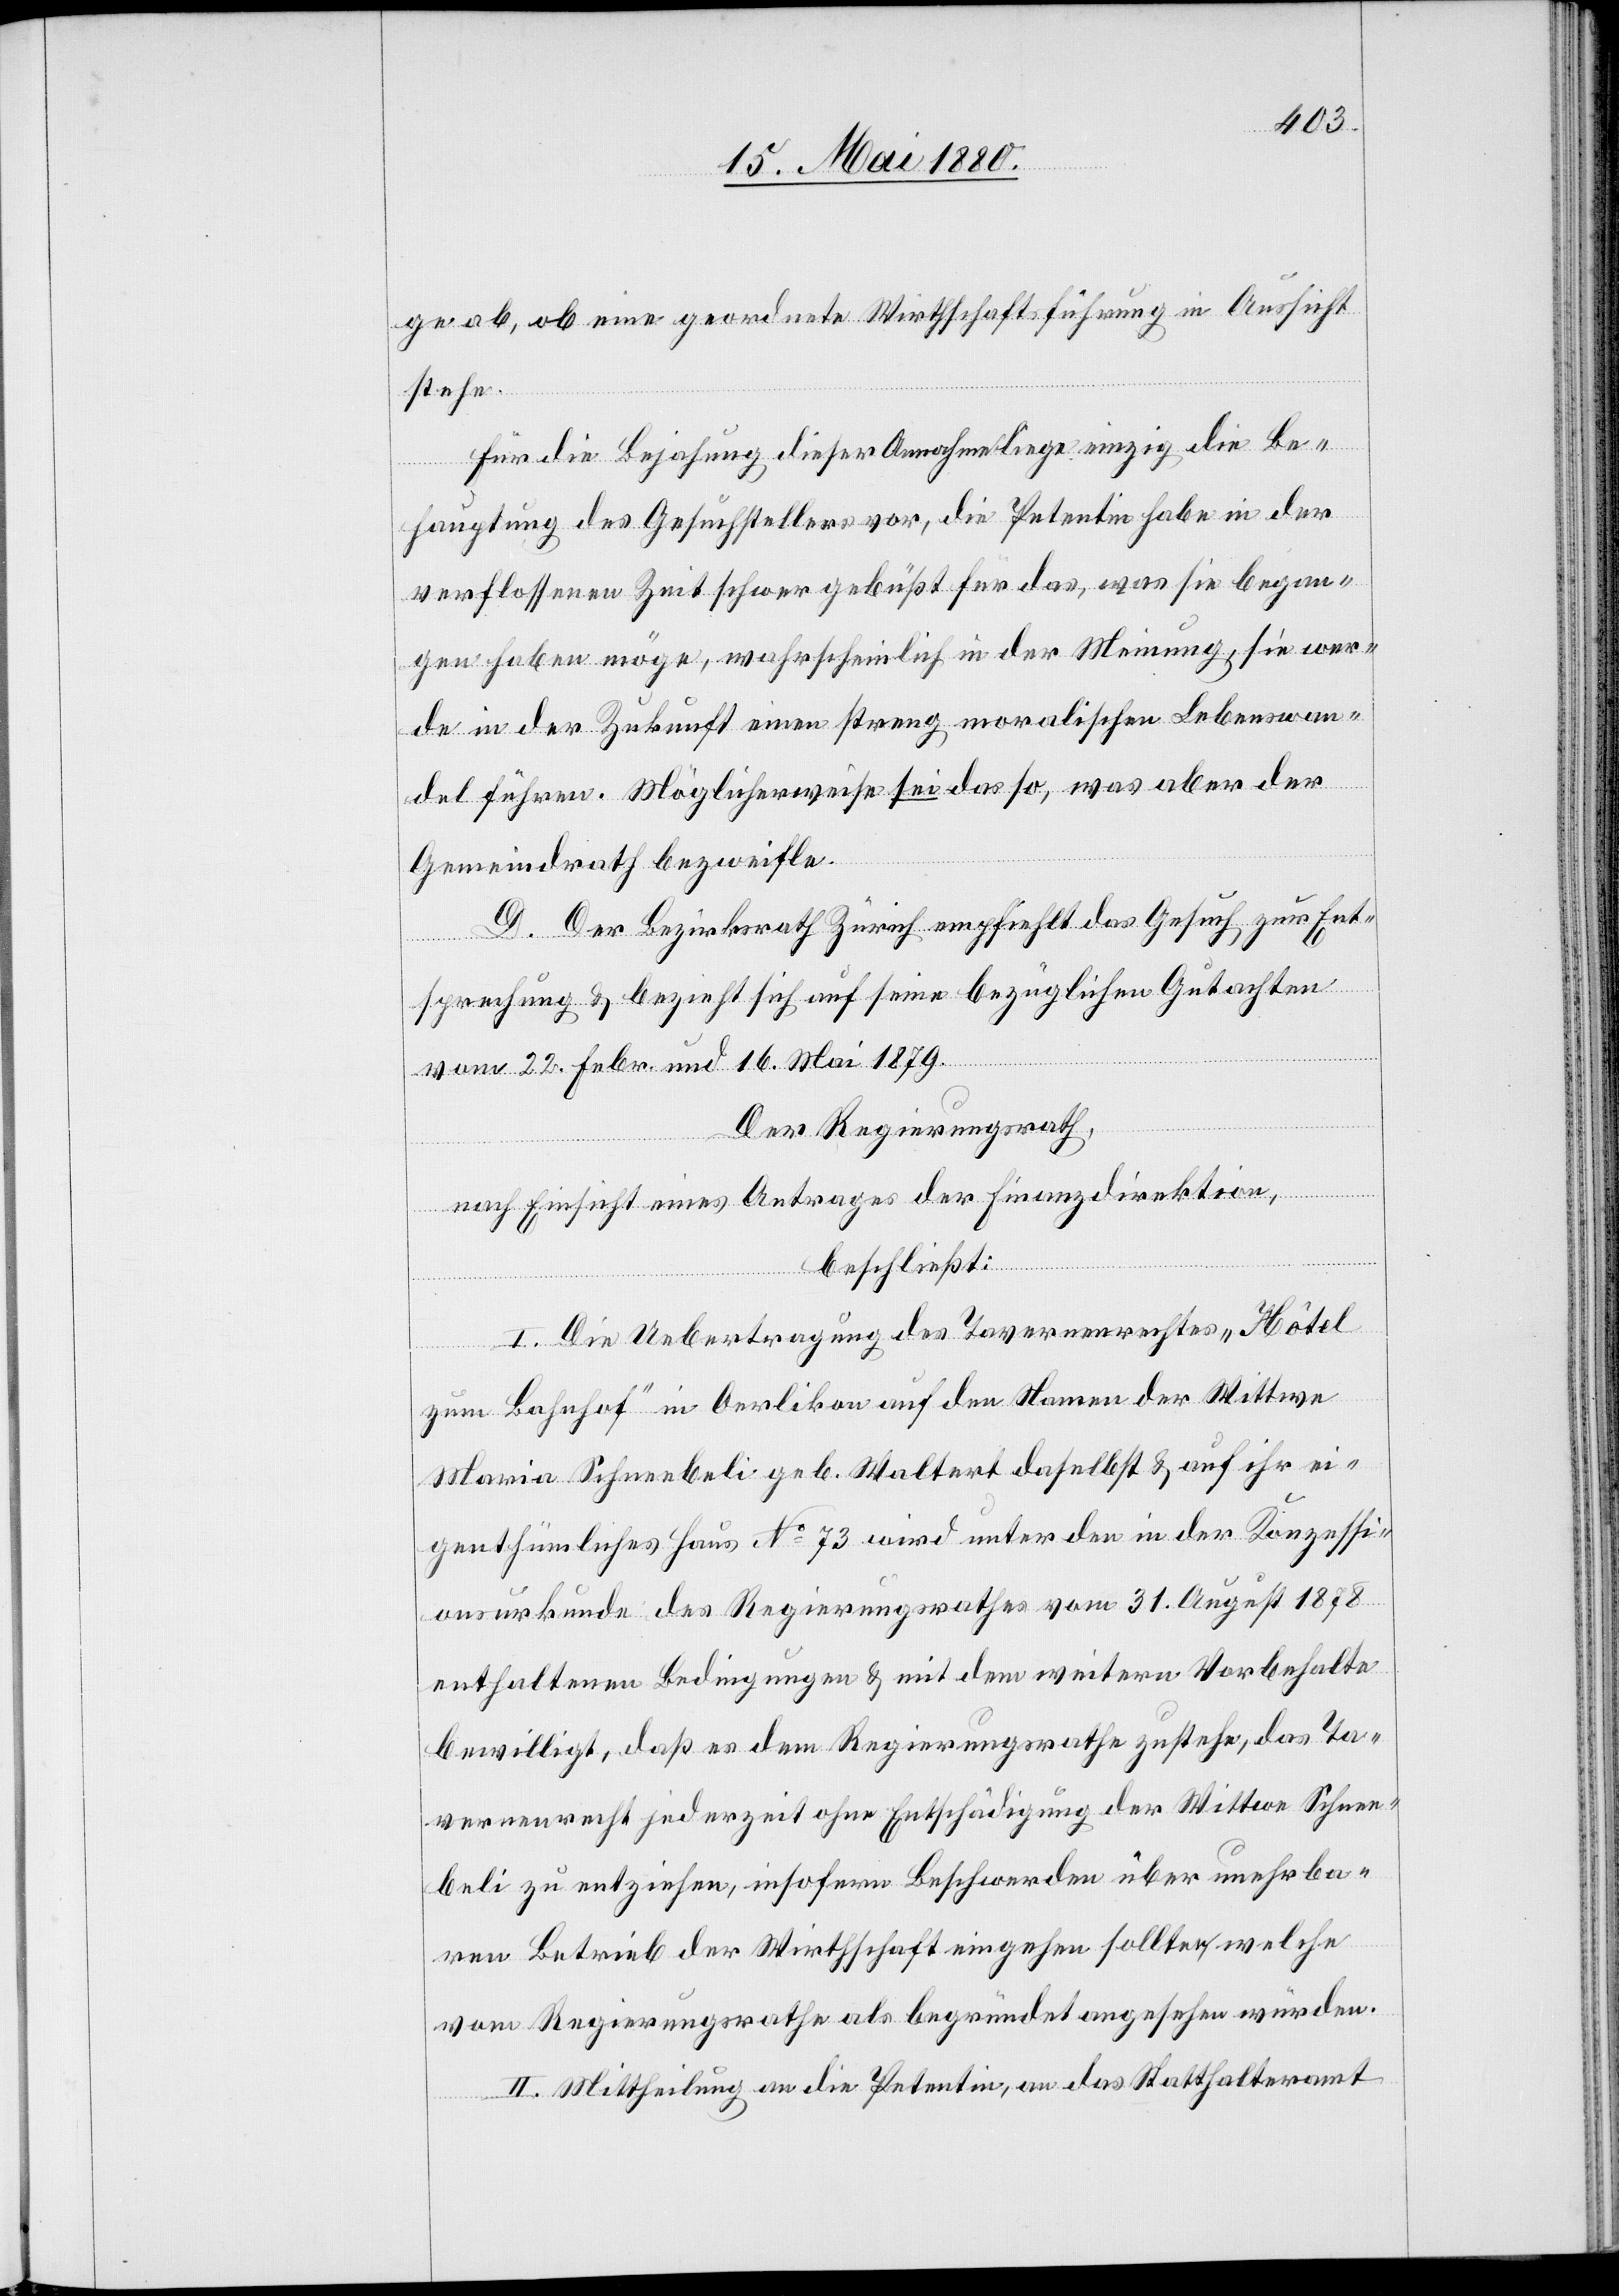
ge ab, ob eine geordnete Wirthschaftsführung in Aussicht
stehe.
Für die Bejahung dieser Annahme liege einzig die Be¬
hauptung des Gesuchstellers vor, die Petentin habe in der
verflossenen Zeit schwer gebüßt für das, was sie began¬
gen haben möge, wahrscheinlich in der Meinung, sie wer¬
de in der Zukunft einen streng moralischen Lebenswan¬
del führen. Möglicherweise sei das so, was aber der
Gemeindrath bezweifle.
D. Der Bezirksrath Zürich empfiehlt das Gesuch zur Ent¬
sprechung & bezieht sich auf seine bezüglichen Gutachten
vom 22. Febr. und 16. Mai 1879.
Der Regierungsrath,
nach Einsicht eines Antrages der Finanzdirektion,
beschließt:
I. Die Uebertragung des Tavernenrechtes „Hôtel
zum Bahnhof“ in Oerlikon auf den Namen der Wittwe
Maria Schneebeli geb. Waltert daselbst & auf ihr ei¬
genthümliches Haus No 73 wird unter den in der Konzessi¬
onsurkunde des Regierungsrathes vom 31. August 1878
enthaltenen Bedingungen & mit dem weitern Vorbehalte
bewilligt, daß es dem Regierungsrathes zustehe, das Ta¬
vernenrecht jederzeit ohne Entschädigung der Wittwe Schnee¬
beli zu entziehen, insofern Beschwerden über unehrba¬
ren Betrieb der Wirthschaft eingehen sollten, welche
vom Regierungsrath als begründet angesehen würden.
II. Mittheilung an die Petentin, an das Statthalteramt